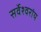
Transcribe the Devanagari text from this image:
सर्वेश्वरांय